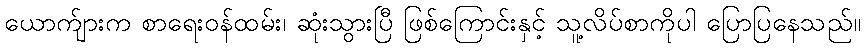
ယောက်ျားက စာရေးဝန်ထမ်း၊ ဆုံးသွားပြီ ဖြစ်ကြောင်းနှင့် သူ့လိပ်စာကိုပါ ပြောပြနေသည်။